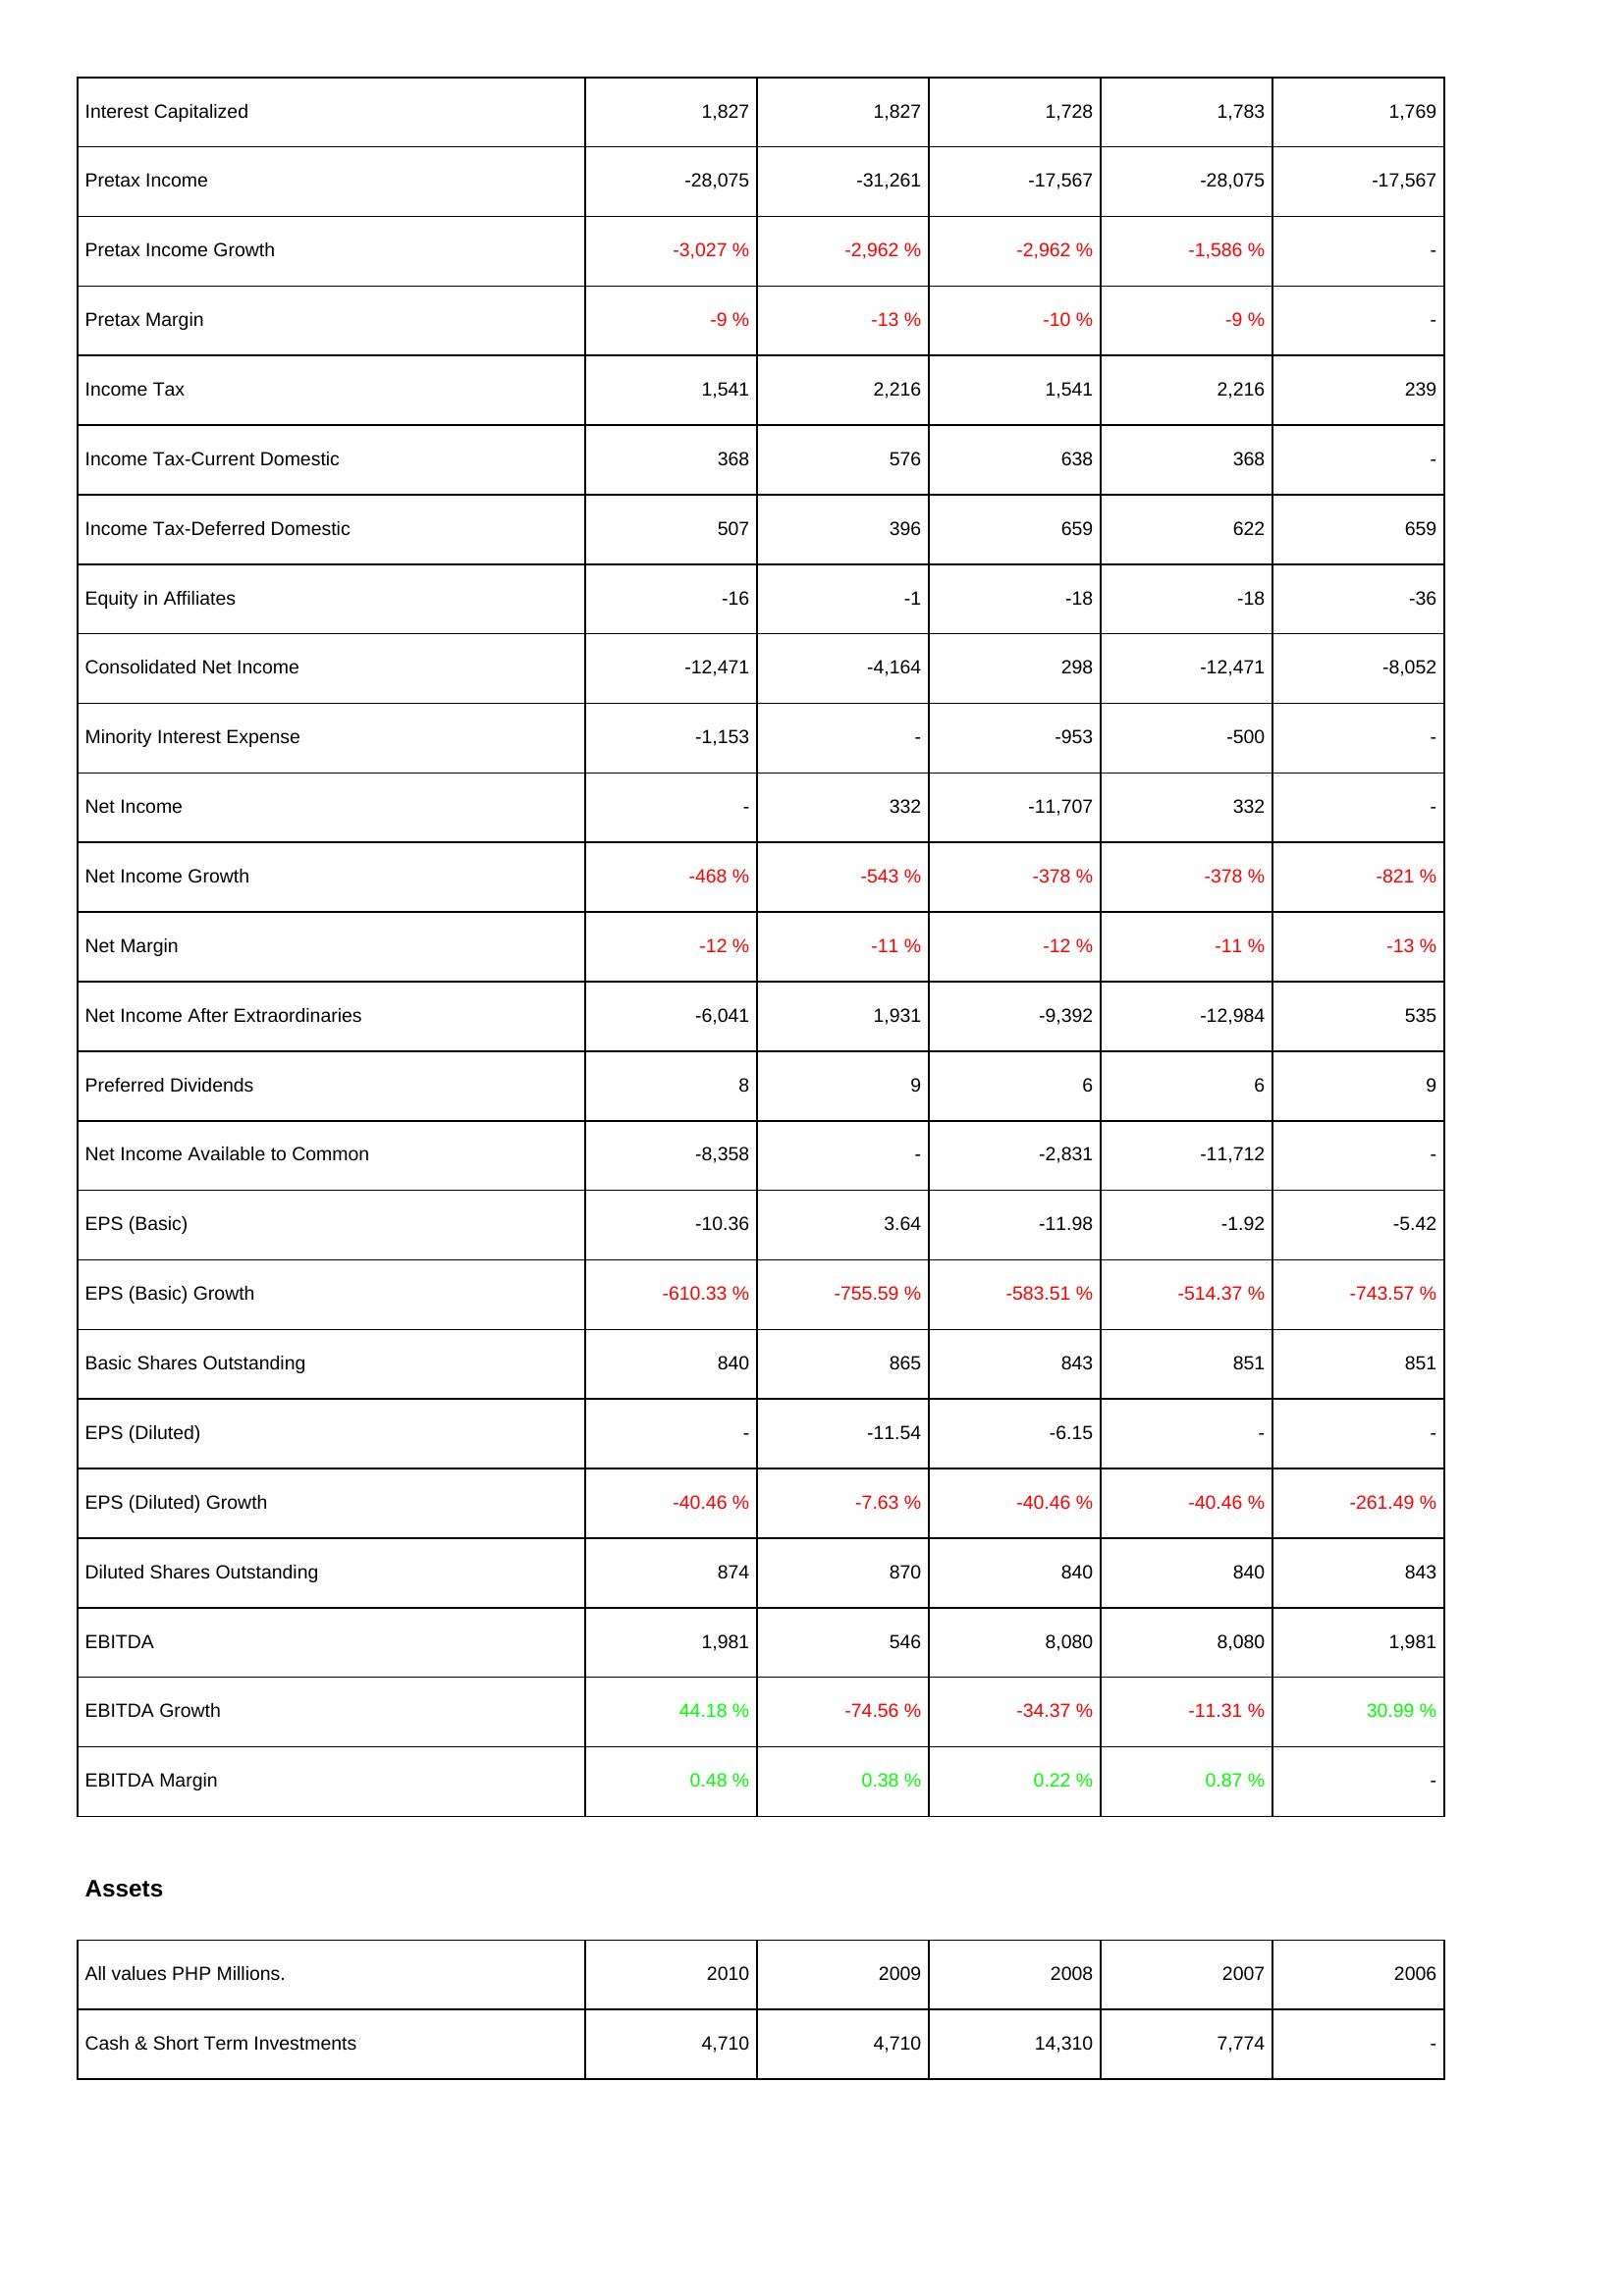
2010: Income Statement: Interest Capitalized: 1,827
Pretax Income: -28,075
Pretax Income Growth: -3,027 %
Pretax Margin: -9 %
Income Tax: 1,541
Income Tax-Current Domestic: 368
Income Tax-Deferred Domestic: 507
Equity in Affiliates: -16
Consolidated Net Income: -12,471
Minority Interest Expense: -1,153
Net Income: -
Net Income Growth: -468 %
Net Margin: -12 %
Net Income After Extraordinaries: -6,041
Preferred Dividends: 8
Net Income Available to Common: -8,358
EPS (Basic): -10.36
EPS (Basic) Growth: -610.33 %
Basic Shares Outstanding: 840
EPS (Diluted): -
EPS (Diluted) Growth: -40.46 %
Diluted Shares Outstanding: 874
EBITDA: 1,981
EBITDA Growth: 44.18 %
EBITDA Margin: 0.48 %
Assets: Cash & Short Term Investments: 4,710
2009: Income Statement: Interest Capitalized: 1,827
Pretax Income: -31,261
Pretax Income Growth: -2,962 %
Pretax Margin: -13 %
Income Tax: 2,216
Income Tax-Current Domestic: 576
Income Tax-Deferred Domestic: 396
Equity in Affiliates: -1
Consolidated Net Income: -4,164
Minority Interest Expense: -
Net Income: 332
Net Income Growth: -543 %
Net Margin: -11 %
Net Income After Extraordinaries: 1,931
Preferred Dividends: 9
Net Income Available to Common: -
EPS (Basic): 3.64
EPS (Basic) Growth: -755.59 %
Basic Shares Outstanding: 865
EPS (Diluted): -11.54
EPS (Diluted) Growth: -7.63 %
Diluted Shares Outstanding: 870
EBITDA: 546
EBITDA Growth: -74.56 %
EBITDA Margin: 0.38 %
Assets: Cash & Short Term Investments: 4,710
2008: Income Statement: Interest Capitalized: 1,728
Pretax Income: -17,567
Pretax Income Growth: -2,962 %
Pretax Margin: -10 %
Income Tax: 1,541
Income Tax-Current Domestic: 638
Income Tax-Deferred Domestic: 659
Equity in Affiliates: -18
Consolidated Net Income: 298
Minority Interest Expense: -953
Net Income: -11,707
Net Income Growth: -378 %
Net Margin: -12 %
Net Income After Extraordinaries: -9,392
Preferred Dividends: 6
Net Income Available to Common: -2,831
EPS (Basic): -11.98
EPS (Basic) Growth: -583.51 %
Basic Shares Outstanding: 843
EPS (Diluted): -6.15
EPS (Diluted) Growth: -40.46 %
Diluted Shares Outstanding: 840
EBITDA: 8,080
EBITDA Growth: -34.37 %
EBITDA Margin: 0.22 %
Assets: Cash & Short Term Investments: 14,310
2007: Income Statement: Interest Capitalized: 1,783
Pretax Income: -28,075
Pretax Income Growth: -1,586 %
Pretax Margin: -9 %
Income Tax: 2,216
Income Tax-Current Domestic: 368
Income Tax-Deferred Domestic: 622
Equity in Affiliates: -18
Consolidated Net Income: -12,471
Minority Interest Expense: -500
Net Income: 332
Net Income Growth: -378 %
Net Margin: -11 %
Net Income After Extraordinaries: -12,984
Preferred Dividends: 6
Net Income Available to Common: -11,712
EPS (Basic): -1.92
EPS (Basic) Growth: -514.37 %
Basic Shares Outstanding: 851
EPS (Diluted): -
EPS (Diluted) Growth: -40.46 %
Diluted Shares Outstanding: 840
EBITDA: 8,080
EBITDA Growth: -11.31 %
EBITDA Margin: 0.87 %
Assets: Cash & Short Term Investments: 7,774
2006: Income Statement: Interest Capitalized: 1,769
Pretax Income: -17,567
Pretax Income Growth: -
Pretax Margin: -
Income Tax: 239
Income Tax-Current Domestic: -
Income Tax-Deferred Domestic: 659
Equity in Affiliates: -36
Consolidated Net Income: -8,052
Minority Interest Expense: -
Net Income: -
Net Income Growth: -821 %
Net Margin: -13 %
Net Income After Extraordinaries: 535
Preferred Dividends: 9
Net Income Available to Common: -
EPS (Basic): -5.42
EPS (Basic) Growth: -743.57 %
Basic Shares Outstanding: 851
EPS (Diluted): -
EPS (Diluted) Growth: -261.49 %
Diluted Shares Outstanding: 843
EBITDA: 1,981
EBITDA Growth: 30.99 %
EBITDA Margin: -
Assets: Cash & Short Term Investments: -